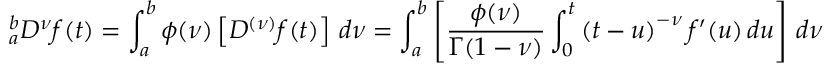
{ } _ { a } ^ { b } D ^ { \nu } f ( t ) = \int _ { a } ^ { b } \phi ( \nu ) \left[ D ^ { ( \nu ) } f ( t ) \right] \, d \nu = \int _ { a } ^ { b } \left[ { \frac { \phi ( \nu ) } { \Gamma ( 1 - \nu ) } } \int _ { 0 } ^ { t } \left( t - u \right) ^ { - \nu } f ^ { \prime } ( u ) \, d u \right] \, d \nu